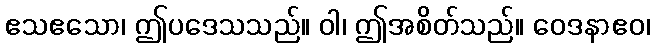
ဧသဧသော၊ ဤပဒေသသည်။ ဝါ၊ ဤအစိတ်သည်။ ဝေဒနာဧဝ၊